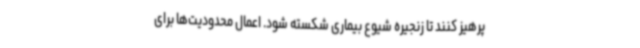
پرهیز کنند تا زنجیره شیوع بیماری شکسته شود. اعمال محدودیت‌ها برای